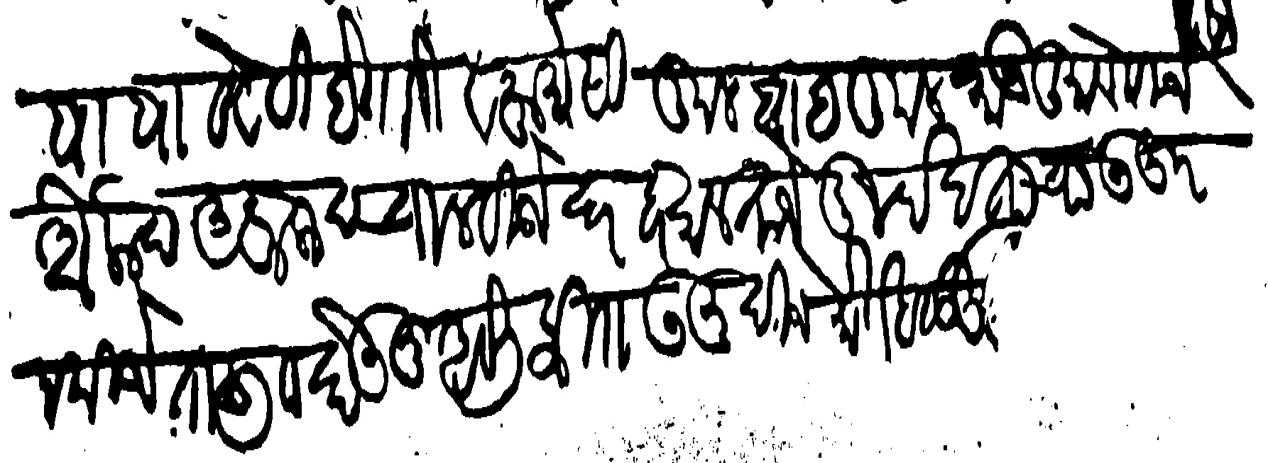
Transliteration (Devanagari): बाबा व वेठी बेगारी व फर्मासी कुल बाब कुल कानू दुमाले कीजे औलाद अफलाद चालविजे दर हर साल ताजे खुर्द खताचा उजूर न कीजे तालिक घेऊनु असली फिराऊनु दीजे मोर्तब सुद